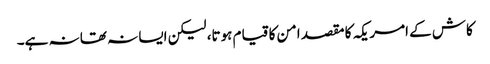
کاش کے امریکہ کا مقصد امن کا قیام ہوتا، لیکن ایسا نہ تھا نہ ہے۔